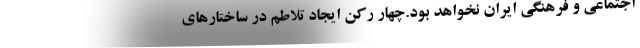
اجتماعی و فرهنگی ایران نخواهد بود.چهار رکن ایجاد تلاطم در ساختارهای